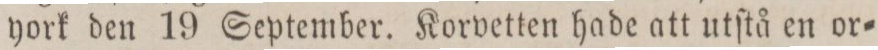
york den 19 September. Korvetten hade att utſtå en or=